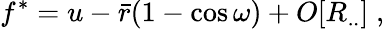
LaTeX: f^{*}=u-{\bar{r}}(1-\cos\omega)+O[R_{..}]\; ,